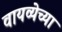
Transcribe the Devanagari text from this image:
वायव्येच्या